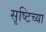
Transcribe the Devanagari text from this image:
सृष्टिच्या